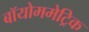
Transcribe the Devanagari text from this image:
बॉयोममेट्रिक